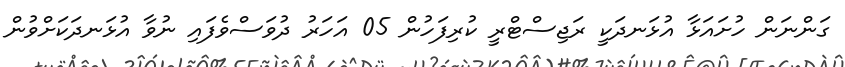
ގަންނަން ހުށައަޅާ އުޅަނދަކީ ރަޖިސްޓްރީ ކުރިފަހުން 05 އަހަރު ދުވަސްވެފައި ނުވާ އުޅަނދަކަށްވުން